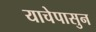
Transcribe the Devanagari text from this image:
याचेपासुन